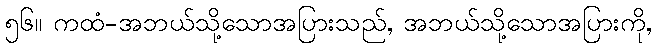
၅၆။ ကထံ-အဘယ်သို့သောအပြားသည်, အဘယ်သို့သောအပြားကို,